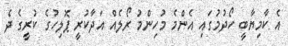
އެ ކާމިޔާބީ ހޯދުމުގައި އެންމެ މުހިންމު ރޯލެއް އަދާކުރީ ޕޮލިހުގެ ކުރީގެ ދެ